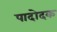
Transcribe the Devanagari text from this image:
पादोदक